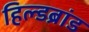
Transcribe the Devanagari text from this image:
हिल्डब्रांड